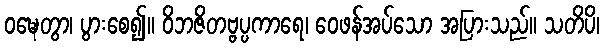
ဝဍ္ဎေတွာ၊ ပွားစေ၍။ ဝိဘဇိတဗ္ဗပ္ပကာရေ၊ ဝေဖန်အပ်သော အပြားသည်။ သတိပိ၊